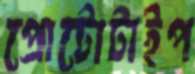
প্রোটোটাইপ